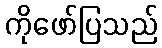
ကိုဖော်ပြသည်